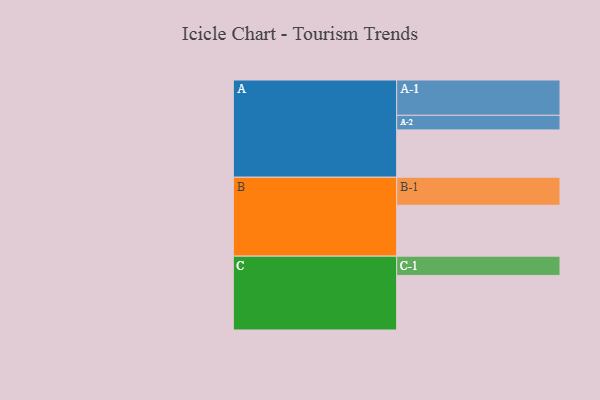
{"axis": {"x": "Segment", "y": "Value"}, "legend": ["", "A", "B", "C"], "data": [{"x": "A", "y": 346, "type": ""}, {"x": "B", "y": 372, "type": ""}, {"x": "C", "y": 399, "type": ""}, {"x": "A-1", "y": 258, "type": "A"}, {"x": "A-2", "y": 107, "type": "A"}, {"x": "B-1", "y": 205, "type": "B"}, {"x": "C-1", "y": 141, "type": "C"}]}